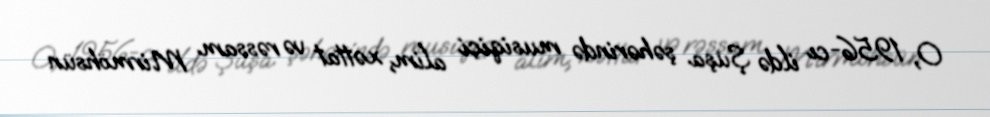
O, 1956-cı ildə Şuşa şəhərində musiqiçi alim, xəttat və rəssam Mirmöhsün